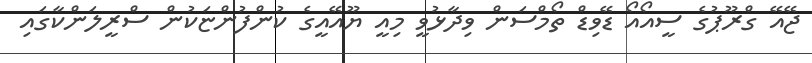
ޖޭއޭ ގްރޫޕުގެ ސީއޯއޯ ޑޭވިޑް ތޯމްސަން ވިދާޅުވީ މިއީ ޔޫއޭއީގެ ކުންފުންޏަކުން ސްރީލަންކާގައި